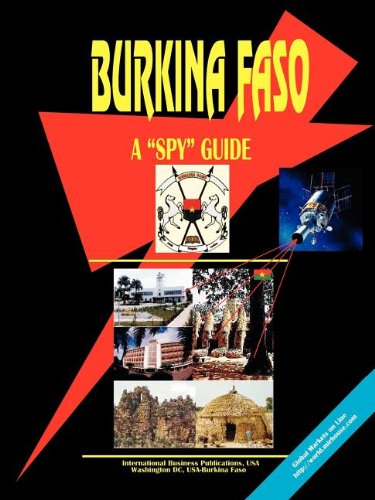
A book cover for Burkina Faso A Spy Guide; Ibp Usa; Travel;